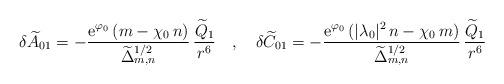
\begin{align*}\delta{\widetilde A}_{01}=-\frac{{\rm e}^{\varphi_0}\,(m-\chi_0\,n)}{{\widetilde\Delta}_{m,n}^{1/2}}\,\frac{{\widetilde Q}_1 }{r^6} ~~~,~~~\delta{\widetilde C}_{01} = -\frac{{\rm e}^{\varphi_0}\,(|\lambda_0|^2\,n-\chi_0\,m)}{{\widetilde\Delta}_{m,n}^{1/2}}\,\frac{{\widetilde Q}_1}{r^6}\end{align*}